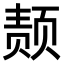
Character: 𫖴